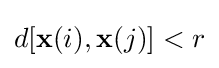
d[\mathbf {x} (i),\mathbf {x} (j)]<r